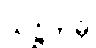
သဋ္ဌိကမှိ